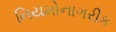
નિયમોનાગરીક